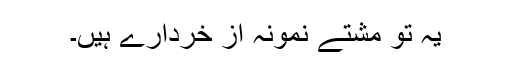
یہ تو مشتے نمونہ از خردارے ہیں۔